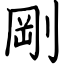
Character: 剛